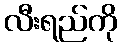
လီးရည်ကို